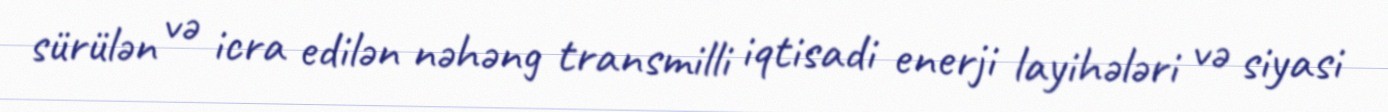
sürülən və icra edilən nəhəng transmilli iqtisadi enerji layihələri və siyasi